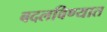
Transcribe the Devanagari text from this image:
बदलविण्यात